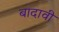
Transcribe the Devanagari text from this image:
बादावी